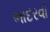
ભાદરવો